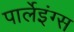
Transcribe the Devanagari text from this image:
पार्लेइंग्स